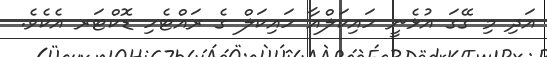
އަދި މި ގޭގަ އުޅެނީ ހައިކަލްއާ ހައިކަލް ގެ ރައްޓެހި ޑޮކްޓަރ އެކެވެ.